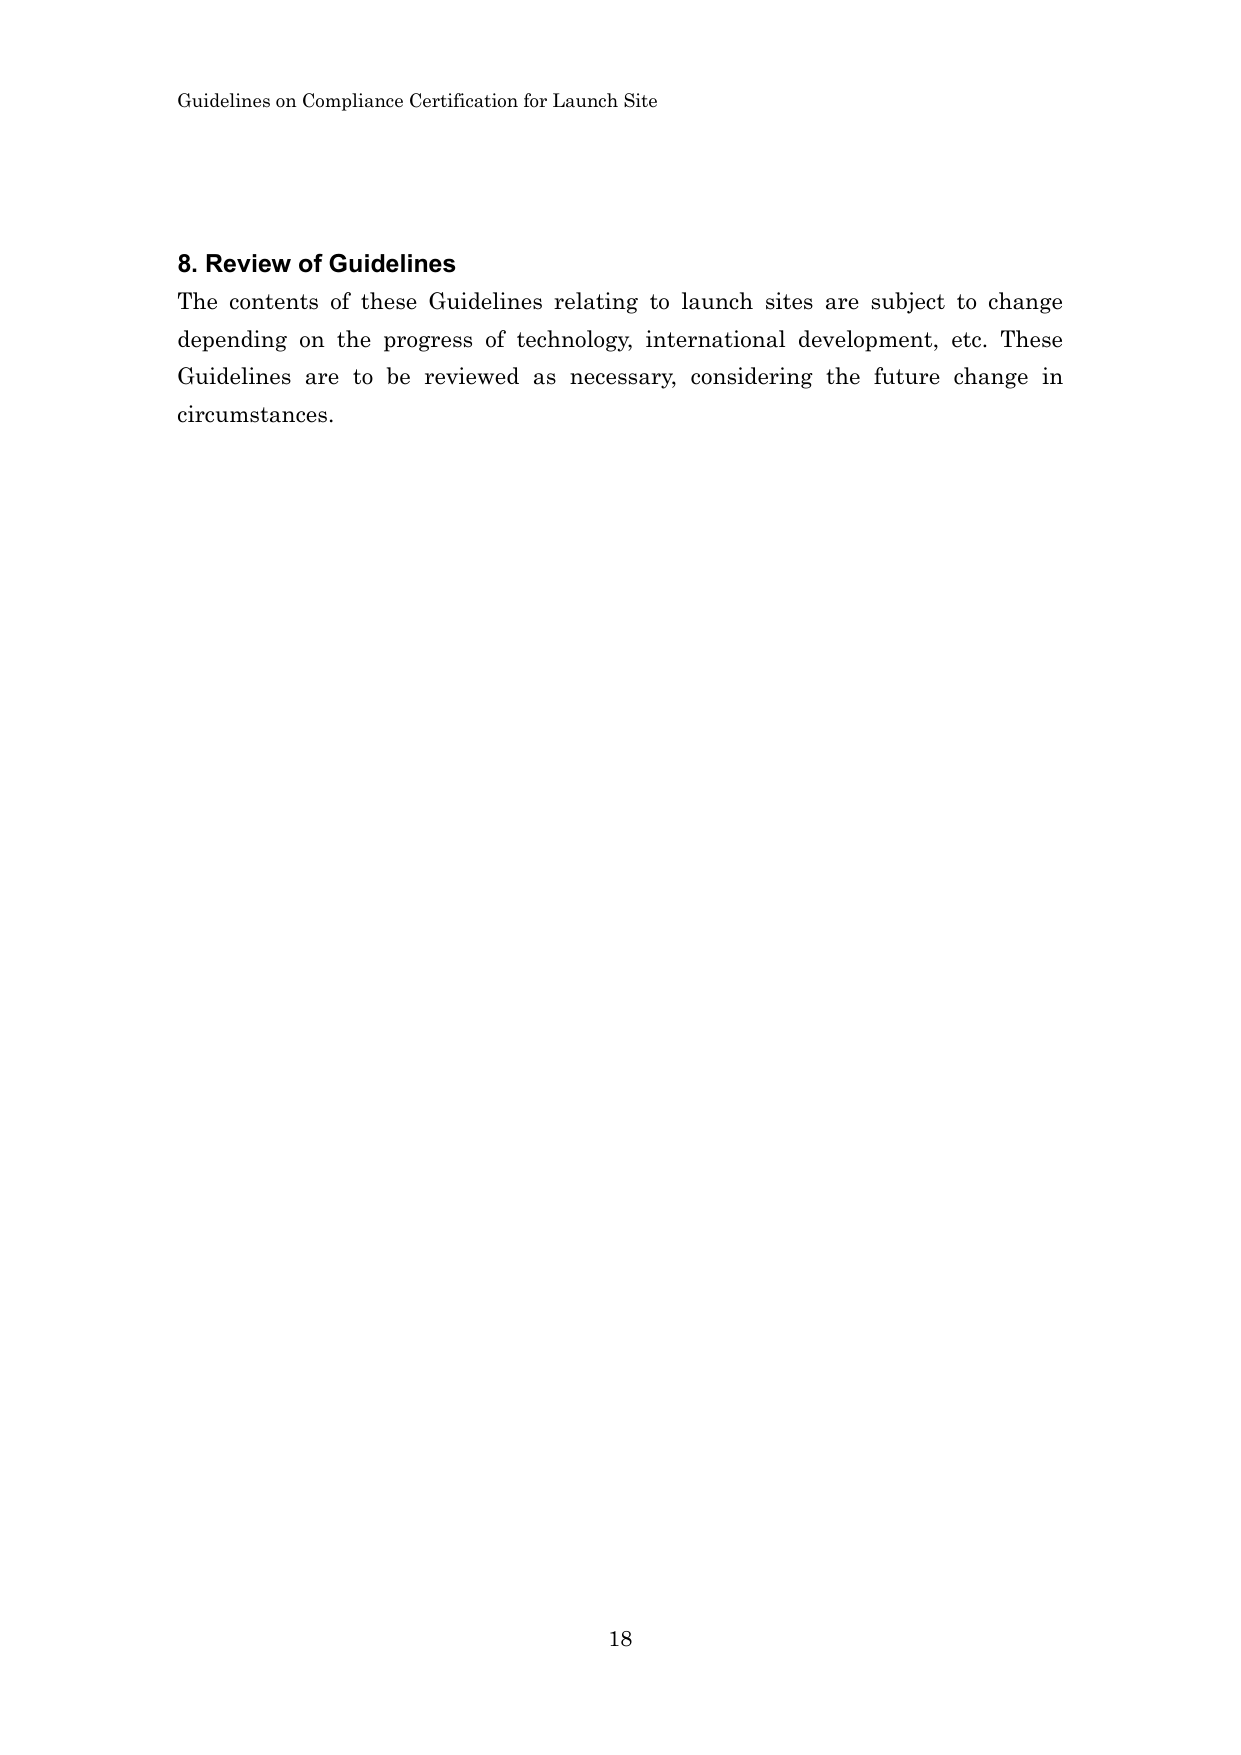
Guidelines on Compliance Certification for Launch Site

8. Review of Guidelines
The contents of these Guidelines relating to launch sites are subject to change depending on the progress of technology, international development, etc. These Guidelines are to be reviewed as necessary, considering the future change in circumstances.

18